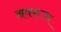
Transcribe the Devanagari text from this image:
अवरूध